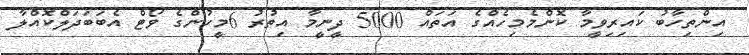
އިންތިހާބު ކައިރިވީމާ ކޮންމެމިހެއްގެ އަތައް 5000 ދީނީމާ އިތުރު 6މީހުންގެ ވޯޓް އެބަބަދަލްކޮއްލާ